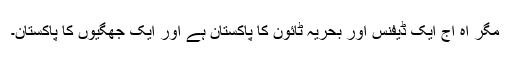
مگر آہ آج ایک ڈیفنس اور بحریہ ٹائون کا پاکستان ہے اور ایک جھگیوں کا پاکستان۔